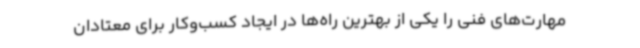
مهارت‌های فنی را یکی از بهترین راه‌ها در ایجاد کسب‌وکار برای معتادان